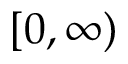
[ 0 , \infty )